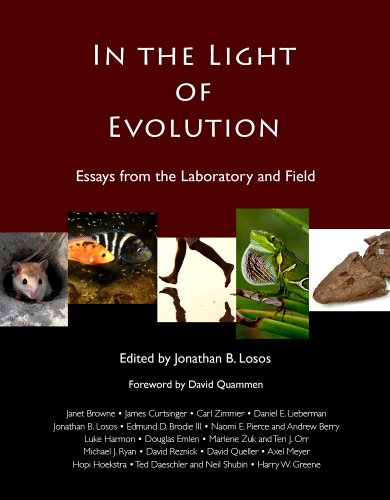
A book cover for In the Light of Evolution: Essays from the Laboratory and Field; Science & Math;